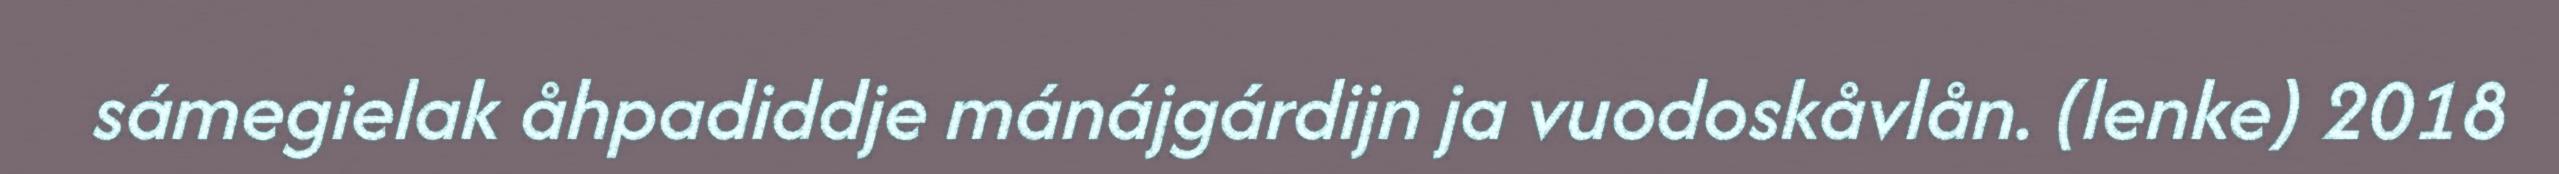
sámegielak åhpadiddje mánájgárdijn ja vuodoskåvlån. (lenke) 2018